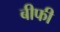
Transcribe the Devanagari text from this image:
बीफी